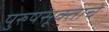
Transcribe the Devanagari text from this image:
पुरुषसूक्ताचे